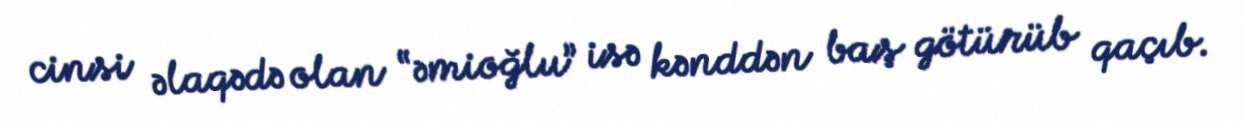
cinsi əlaqədə olan “əmioğlu” isə kənddən baş götürüb qaçıb.